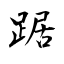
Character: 踞